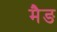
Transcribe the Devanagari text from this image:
मैङ